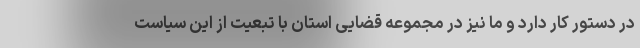
در دستور کار دارد و ما نیز در مجموعه قضایی استان با تبعیت از این سیاست